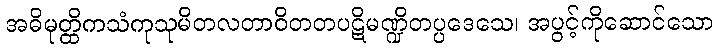
အဓိမုတ္ထိကသံကုသုမိတလတာဝိတတပဋိမဏ္ဍိတပ္ပဒေသေ၊ အပွင့်ကိုဆောင်သော